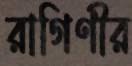
রাগিণীর